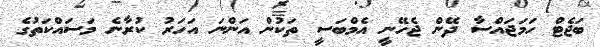
ބަޖެޓް ހަމަޖައްސާ ދޭން ޖެހޭނީ އެމްބަސީ ތަކުން އަންނަ އަހަރު ކުރާނެ މަސަައްކަތުގެ